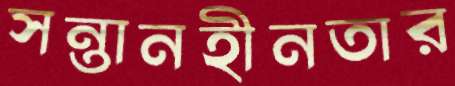
সন্তানহীনতার